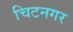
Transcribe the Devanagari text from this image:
चिटनगर